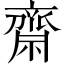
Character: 齋